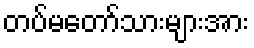
တပ်မတော်သားများအား